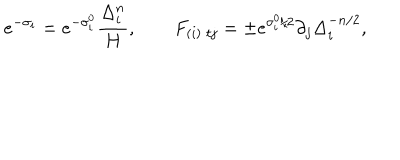
LaTeX: e ^ { - \sigma _ { i } } = e ^ { - \sigma _ { i } ^ { 0 } } \frac { \Delta _ { i } ^ { n } } { H } , \qquad { } F _ { ( i ) \; t j } = \pm e ^ { \sigma _ { i } ^ { 0 } / 2 } \partial _ { j } { \Delta _ { i } ^ { - n / 2 } } ,